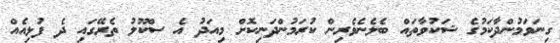
ގިނަވަމުންދާކަމުގެ ޝަކުވާތައް ބެލެނެވެރިން ކުރަމުންދަނިކޮށް މިއަދު އެ ސްކޫލު ތެރޭގައި ދެ ފުޅިއެއް